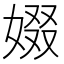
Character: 娺